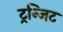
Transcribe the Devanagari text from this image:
ट्रन्जिट